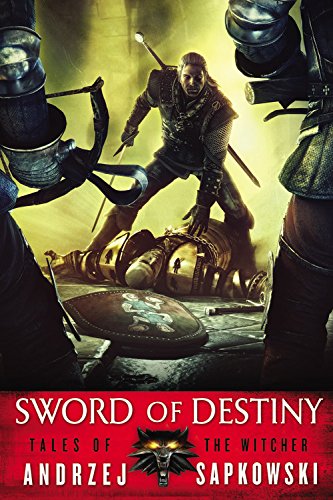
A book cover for Sword of Destiny (The Witcher); Andrzej Sapkowski; Science Fiction & Fantasy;